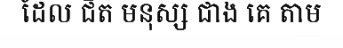
ដែល ជិត មនុស្ស ជាង គេ តាម